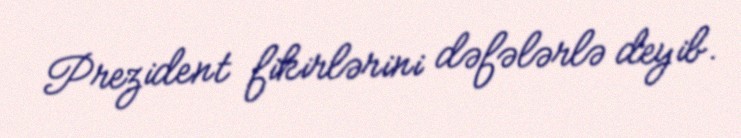
Prezident fikirlərini dəfələrlə deyib.